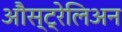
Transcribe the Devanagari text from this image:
औस्ट्रेलिअन